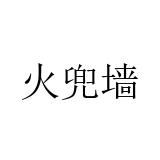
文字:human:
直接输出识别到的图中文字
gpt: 火兜墙